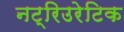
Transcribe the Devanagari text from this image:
नट्रिउरेटिक